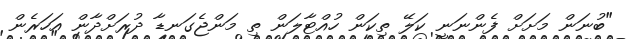
"ބުނަން މަށަށް ފެންނަނީ ކަލޭ ތިކަން ހުއްޓާލަން ތި މަންޖެގަނޑާ ދުރަށްދާން އަހަރެން